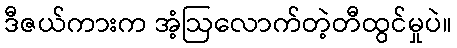
ဒီဇယ်ကားက အံ့ဩလောက်တဲ့တီထွင်မှုပဲ။